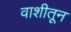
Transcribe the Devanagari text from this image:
वाशीतून